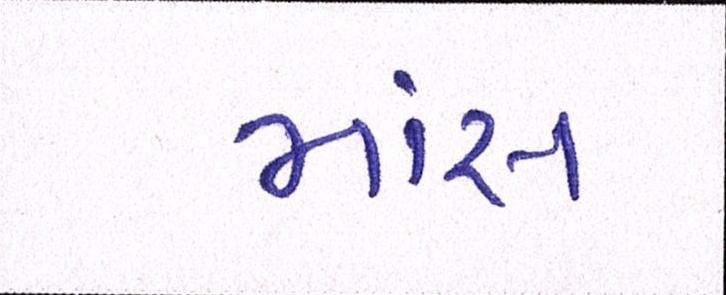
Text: માંસ